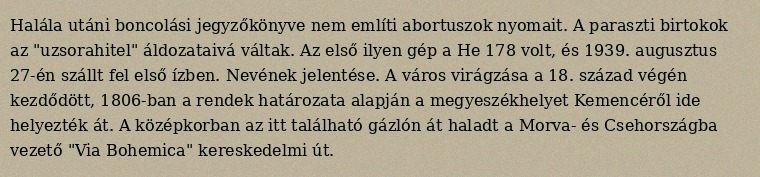
Halála utáni boncolási jegyzőkönyve nem említi abortuszok nyomait. A paraszti birtokok az "uzsorahitel" áldozataivá váltak. Az első ilyen gép a He 178 volt, és 1939. augusztus 27-én szállt fel első ízben. Nevének jelentése. A város virágzása a 18. század végén kezdődött, 1806-ban a rendek határozata alapján a megyeszékhelyet Kemencéről ide helyezték át. A középkorban az itt található gázlón át haladt a Morva- és Csehországba vezető "Via Bohemica" kereskedelmi út.